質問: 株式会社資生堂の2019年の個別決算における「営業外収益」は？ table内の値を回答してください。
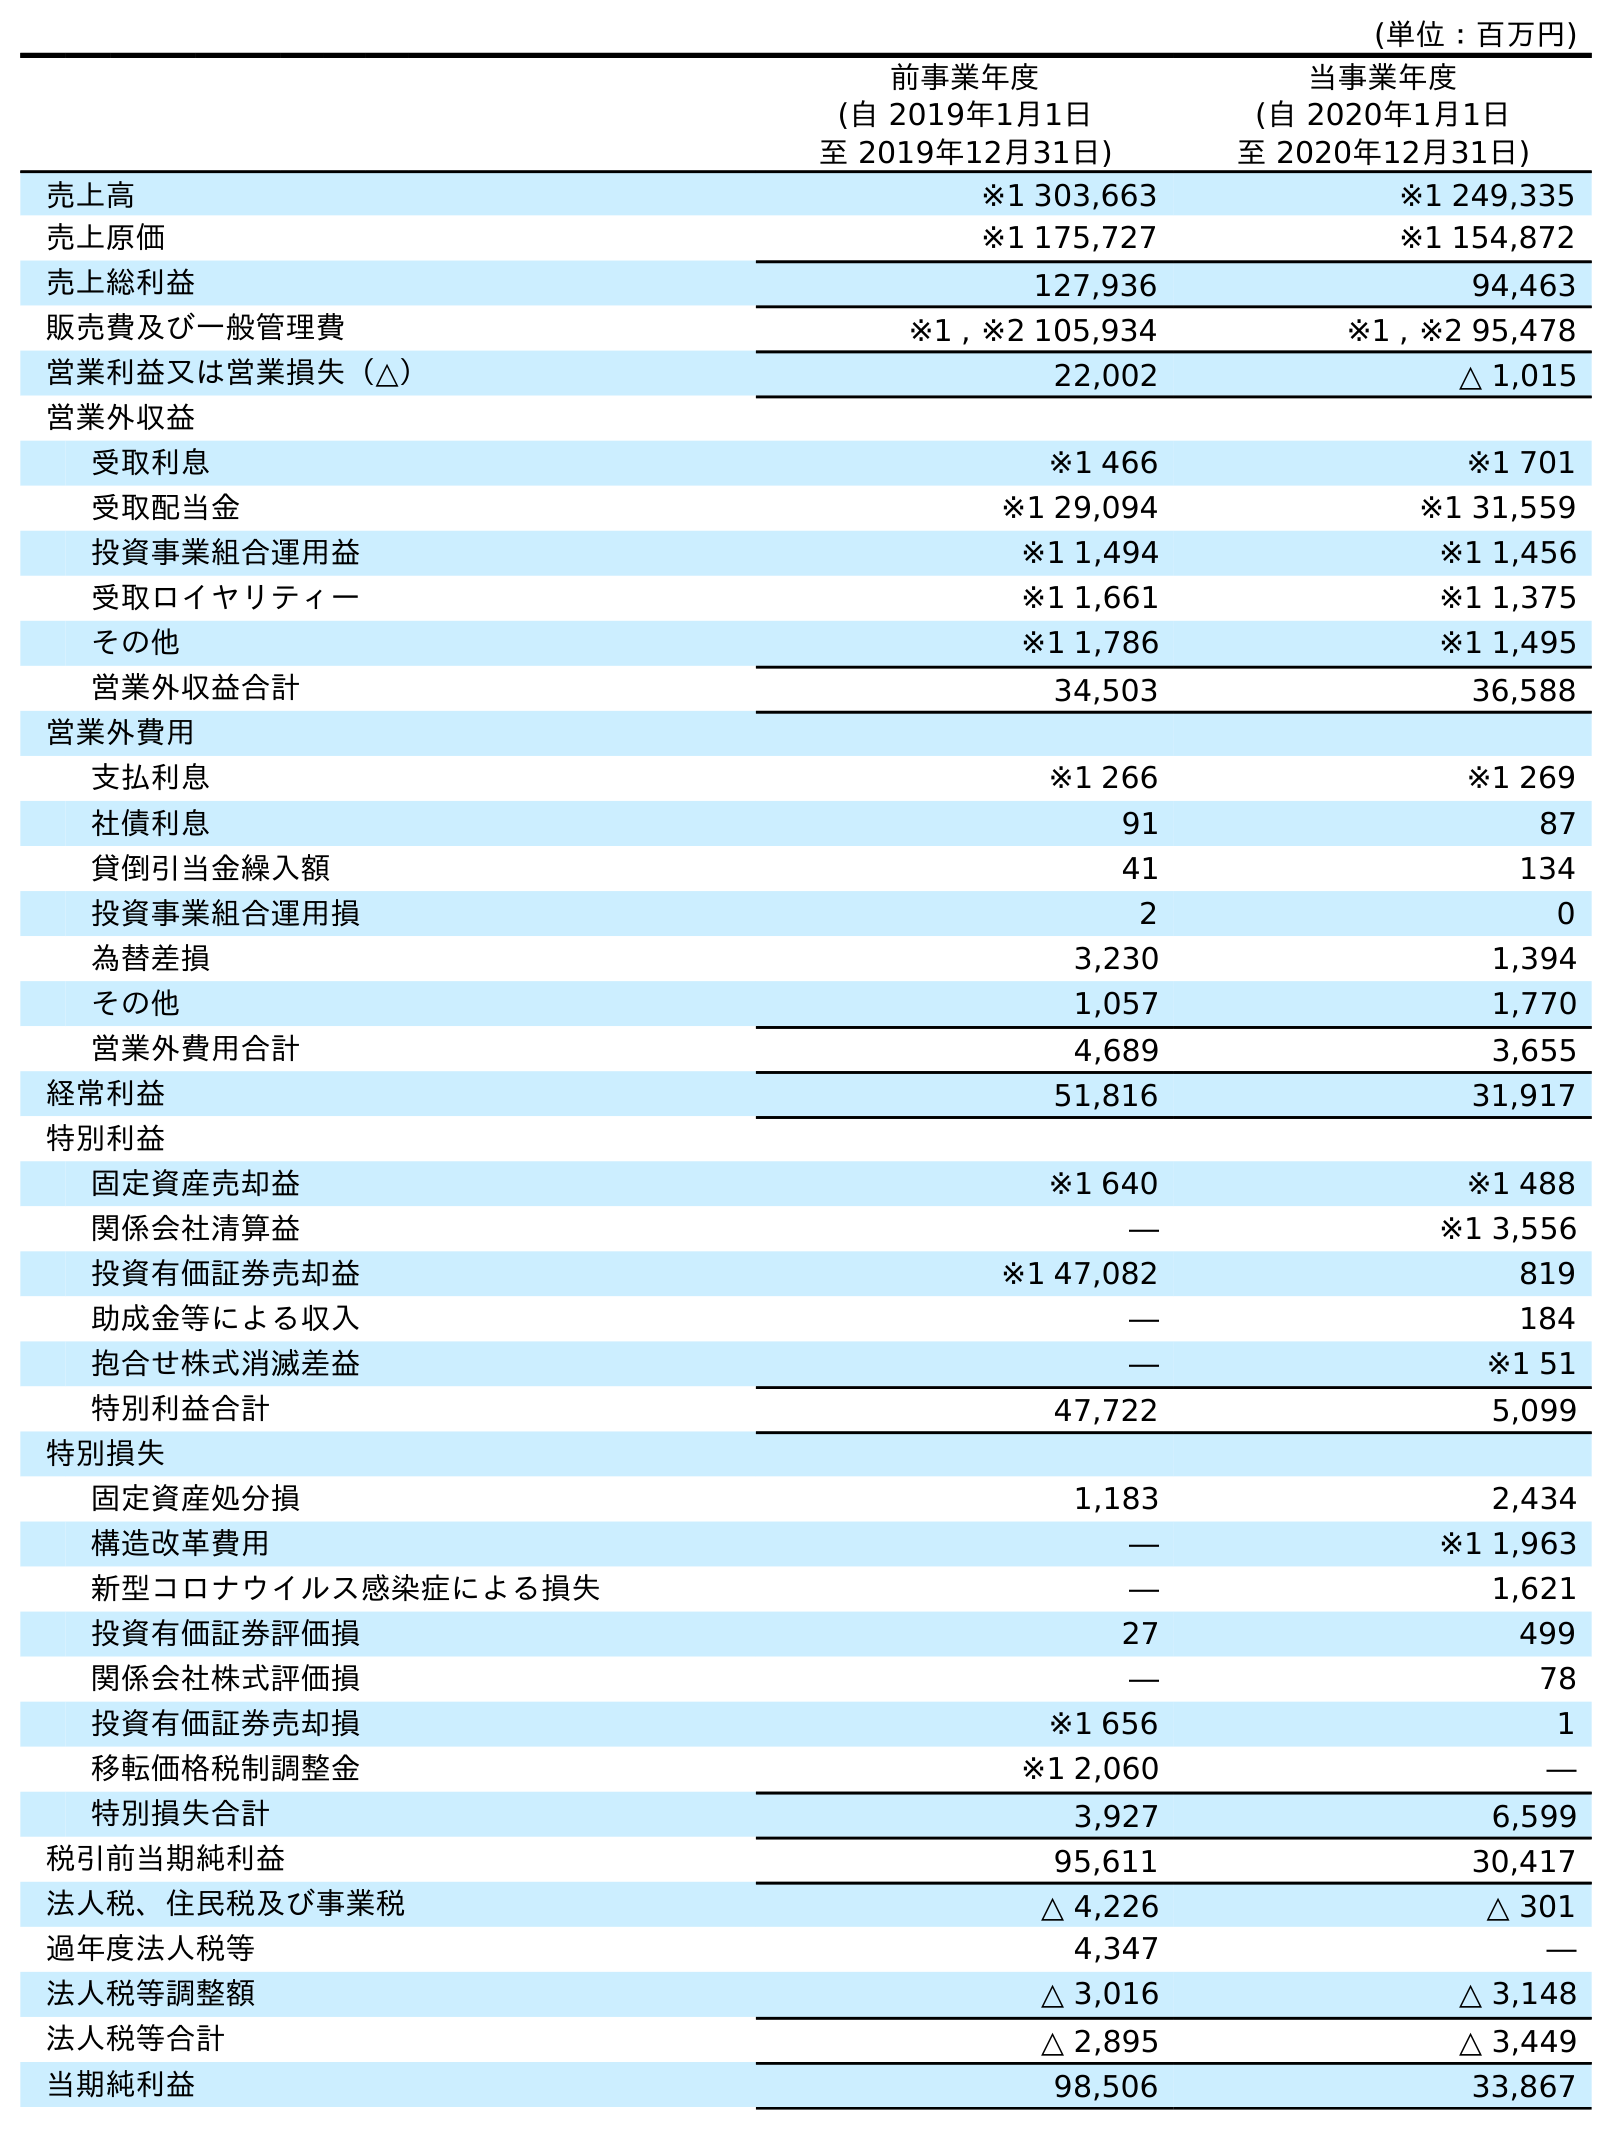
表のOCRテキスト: (単位：百万円) 前事業年度 (自 2019年1月1日 至 2019年12月31日) 当事業年度 (自 2020年1月1日 至 2020年12月31日) 売上高 ※1 303,663 ※1 249,335 売上原価 ※1 175,727 ※1 154,872 売上総利益 127,936 94,463 販売費及び一般管理費 ※1 , ※2 105,934 ※1 , ※2 95,478 営業利益又は営業損失（△） 22,002 △ 1,015 営業外収益 受取利息 ※1 466 ※1 701 受取配当金 ※1 29,094 ※1 31,559 投資事業組合運用益 ※1 1,494 ※1 1,456 受取ロイヤリティー ※1 1,661 ※1 1,375 その他 ※1 1,786 ※1 1,495 営業外収益合計 34,503 36,588 営業外費用 支払利息 ※1 266 ※1 269 社債利息 91 87 貸倒引当金繰入額 41 134 投資事業組合運用損 2 0 為替差損 3,230 1,394 その他 1,057 1,770 営業外費用合計 4,689 3,655 経常利益 51,816 31,917 特別利益 固定資産売却益 ※1 640 ※1 488 関係会社清算益 ― ※1 3,556 投資有価証券売却益 ※1 47,082 819 助成金等による収入 ― 184 抱合せ株式消滅差益 ― ※1 51 特別利益合計 47,722 5,099 特別損失 固定資産処分損 1,183 2,434 構造改革費用 ― ※1 1,963 新型コロナウイルス感染症による損失 ― 1,621 投資有価証券評価損 27 499 関係会社株式評価損 ― 78 投資有価証券売却損 ※1 656 1 移転価格税制調整金 ※1 2,060 ― 特別損失合計 3,927 6,599 税引前当期純利益 95,611 30,417 法人税、住民税及び事業税 △ 4,226 △ 301 過年度法人税等 4,347 ― 法人税等調整額 △ 3,016 △ 3,148 法人税等合計 △ 2,895 △ 3,449 当期純利益 98,506 33,867
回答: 34,503